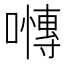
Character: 𭋪